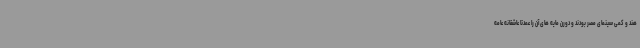
هند و کمی سینمای مصر بودند و دورن مایه های آن را عمدتا عاشقانه عامه